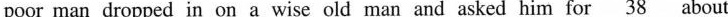
poor man dropped in on a wise old man and asked him for \underline{38} about